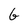
Character: G